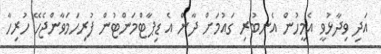
އަދި ވިދާޅުވީ އެމީހުން އެނބުރި ގައުމަށް ދާން އެ ޑިޕާޓްމަންޓުން ފުރިހަމަވާންޖެހޭ ހުރިހާ